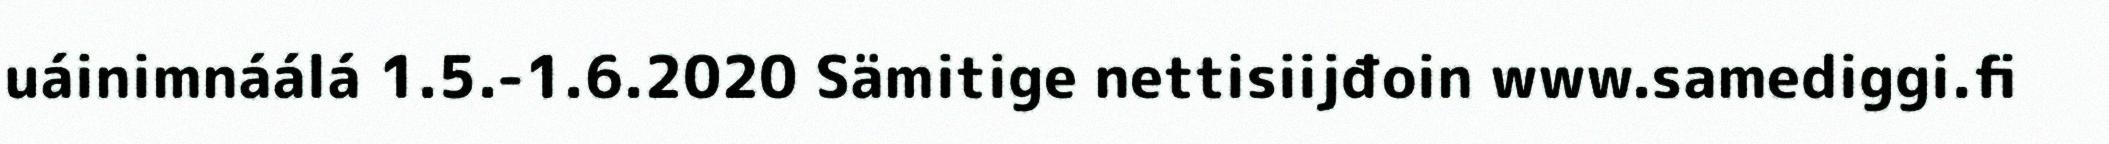
uáinimnáálá 1.5.-1.6.2020 Sämitige nettisiijđoin www.samediggi.fi